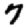
Digit: 7